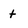
Character: t